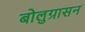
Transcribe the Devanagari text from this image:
बोलुग्रासन